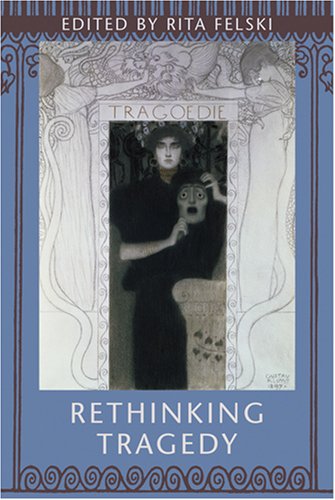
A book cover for Rethinking Tragedy; Literature & Fiction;